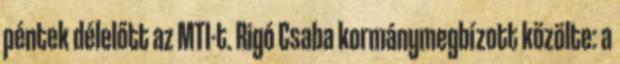
péntek délelőtt az MTI-t. Rigó Csaba kormánymegbízott közölte: a